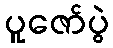
ပူဇော်ပွဲ